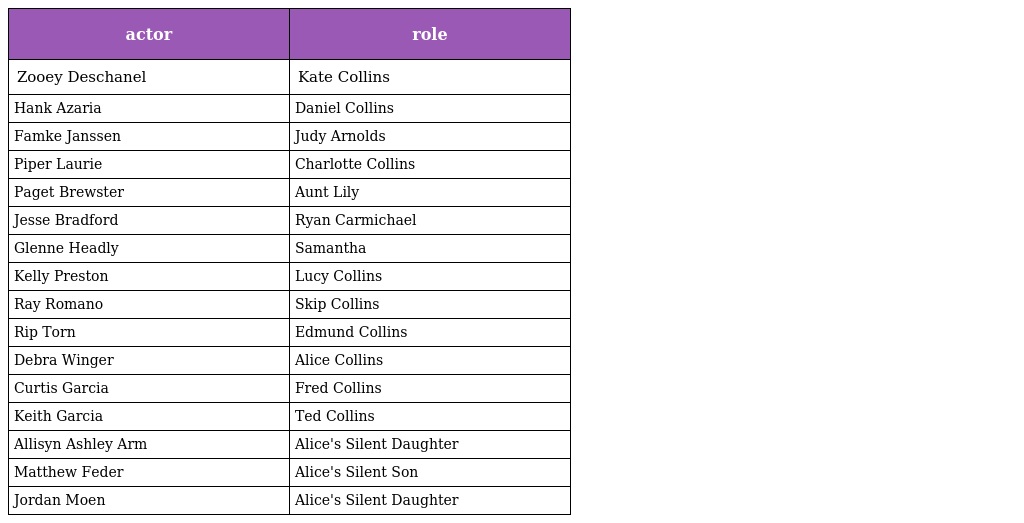
| actor | role |
 | --- | --- |
 | Zooey Deschanel | Kate Collins |
 | Hank Azaria | Daniel Collins |
 | Famke Janssen | Judy Arnolds |
 | Piper Laurie | Charlotte Collins |
 | Paget Brewster | Aunt Lily |
 | Jesse Bradford | Ryan Carmichael |
 | Glenne Headly | Samantha |
 | Kelly Preston | Lucy Collins |
 | Ray Romano | Skip Collins |
 | Rip Torn | Edmund Collins |
 | Debra Winger | Alice Collins |
 | Curtis Garcia | Fred Collins |
 | Keith Garcia | Ted Collins |
 | Allisyn Ashley Arm | Alice's Silent Daughter |
 | Matthew Feder | Alice's Silent Son |
 | Jordan Moen | Alice's Silent Daughter |